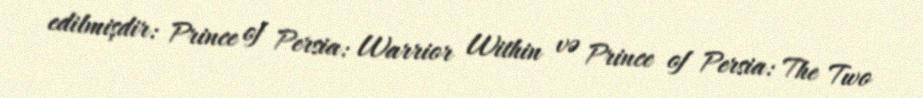
edilmişdir: Prince of Persia: Warrior Within və Prince of Persia: The Two